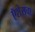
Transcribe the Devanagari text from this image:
ऍशेसचा